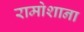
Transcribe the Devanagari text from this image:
रामोशाना